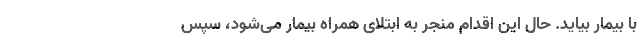
با بیمار بیاید. حال این اقدام منجر به ابتلای همراه بیمار می‌شود، سپس